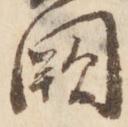
闕